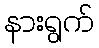
နားရွက်